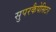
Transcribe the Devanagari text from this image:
सुपरकैपेसिटर